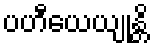
ပဟီယေယျုန္တိ